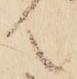
て